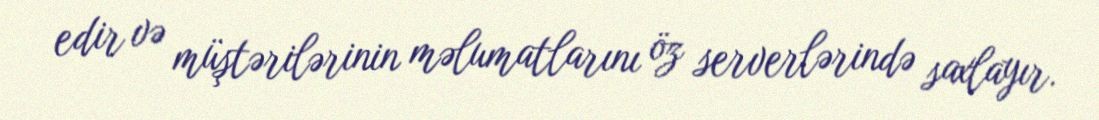
edir və müştərilərinin məlumatlarını öz serverlərində saxlayır.